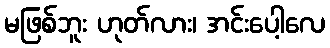
မဖြစ်ဘူး ဟုတ်လား၊ အင်းပေါ့လေ